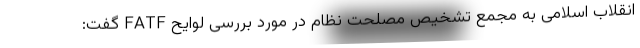
انقلاب اسلامی به مجمع تشخیص مصلحت نظام در مورد بررسی لوایح FATF گفت: